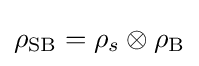
\rho _{\text{SB}}=\rho _{s}\otimes \rho _{\text{B}}